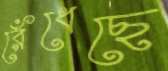
রেঁধেছে